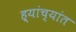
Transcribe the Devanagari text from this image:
ह्यांच्यांत